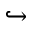
\hookrightarrow